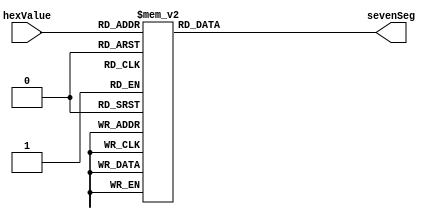
//Hex to 7 segnment display conversion

module SevenSegment #(
	parameter INVERT_OUTPUT = 0
)(

	input [3:0] hexValue,
	output [6:0] sevenSeg
	
);

	reg [6:0] segValue;

	always @ * begin 

		case (hexValue)
			
			4'h0: segValue = 7'b0111111;
			4'h1: segValue = 7'b0000110;
			4'h2: segValue = 7'b1011011;
			4'h3: segValue = 7'b1001111;
			4'h4: segValue = 7'b1100110;
			4'h5: segValue = 7'b1101101;
			4'h6: segValue = 7'b1111101;
			4'h7: segValue = 7'b0000111;
			4'h8: segValue = 7'b1111111;
			4'h9: segValue = 7'b1100111;
			4'hA: segValue = 7'b1110011;	//P
			4'hB: segValue = 7'b1011100;	//o
			4'hC: segValue = 7'b1010100;	//n
			4'hD: segValue = 7'b0111101;	//g
			4'hE: segValue = 7'b0; //turn off display
			
			
			default segValue = 7'b0000000; //default value
			
		endcase 
		
	end
	
	assign sevenSeg = INVERT_OUTPUT ? ~segValue : segValue;
	
endmodule